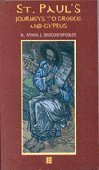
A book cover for St. Paul's Journeys to Greece and Cyprus; Athan J. Delicostopoulos; Travel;